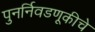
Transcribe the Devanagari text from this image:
पुनर्निवडणूकीचे